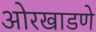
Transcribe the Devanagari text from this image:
ओरखाडणे